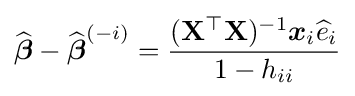
{\widehat {\boldsymbol {\beta }}}-{\widehat {\boldsymbol {\beta }}}^{(-i)}={\frac {(\mathbf {X} ^{\top }\mathbf {X} )^{-1}{\boldsymbol {x}}_{i}{\widehat {e}}_{i}}{1-h_{ii}}}